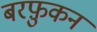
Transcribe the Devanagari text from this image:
बरफ़ुकन